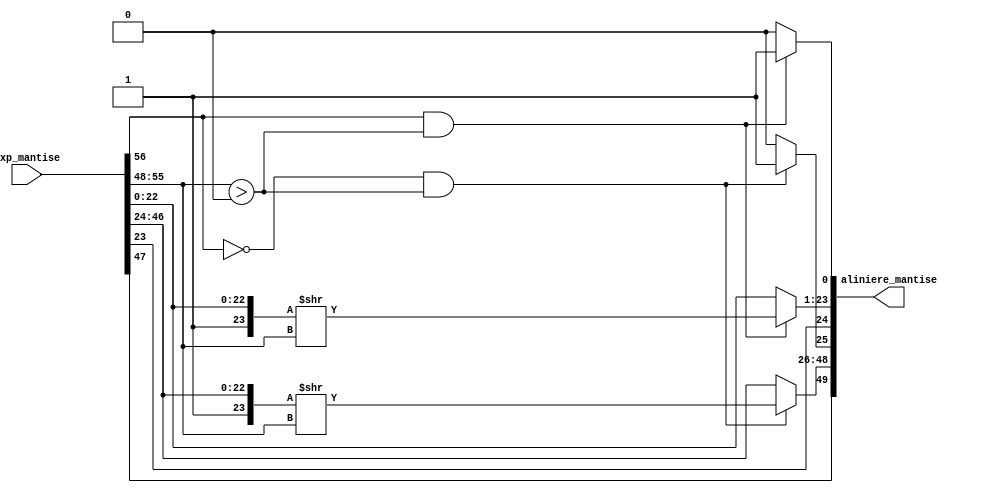
module Aliniere_mantise(exp_mantise , aliniere_mantise);
input [56:0]exp_mantise;
output reg[49:0]aliniere_mantise;
reg [23:0] mantisa1;
reg [23:0] mantisa2;
reg sel1 , sel2;

always@(exp_mantise)
	begin
		sel1 = 1'b0;
		sel2 = 1'b0;
		mantisa1 = {1,exp_mantise[46:24]};
		mantisa2 = {1,exp_mantise[22:0]};
		if(exp_mantise[56] == 1'b0 && exp_mantise[55:48] > 0)
			begin
				mantisa1 = mantisa1 >> exp_mantise[55:48];
				sel1 = 1'b1;
			end
		if(exp_mantise[56] == 1'b1 && exp_mantise[55:48] > 0)
			begin
				mantisa2 = mantisa2 >> exp_mantise[55:48];
				sel2 = 1'b1;
			end
		aliniere_mantise = {exp_mantise[47],mantisa1[22:0],sel1,exp_mantise[23],mantisa2[22:0],sel2};
	end
	
endmodule